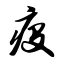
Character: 疫